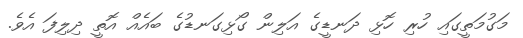
މަގުމަތީގައި ހުރި ހޮޅި ދަނޑީގެ އަލިން ގޯޅިގަނޑުގެ ބައެއް އޮތީ ދިލިފަ އެވެ.